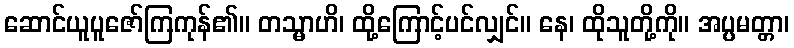
ဆောင်ယူပူဇော်ကြကုန်၏။ တသ္မာဟိ၊ ထို့ကြောင့်ပင်လျှင်။ နေ၊ ထိုသူတို့ကို။ အပ္ပမတ္တာ၊